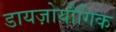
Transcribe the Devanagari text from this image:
डायज़ोयौगिक